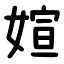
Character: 媗